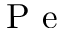
\textrm { P e }